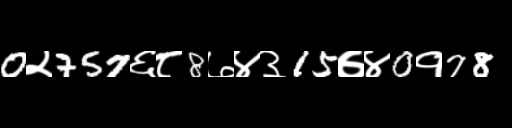
Text: 0२757६८8७४३15७४0१78